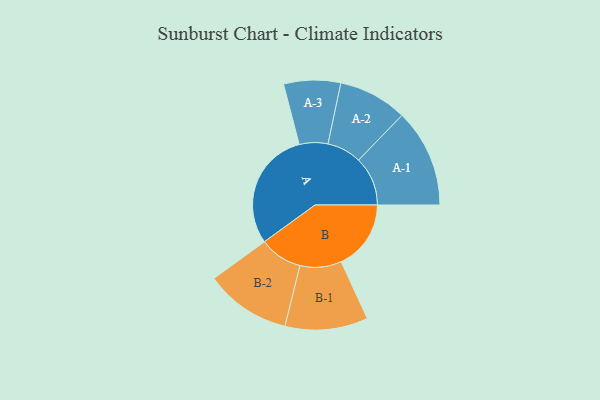
{"axis": {"x": "Segment", "y": "Value"}, "legend": ["", "A", "B"], "data": [{"x": "A", "y": 478, "type": ""}, {"x": "B", "y": 280, "type": ""}, {"x": "A-1", "y": 197, "type": "A"}, {"x": "A-2", "y": 138, "type": "A"}, {"x": "A-3", "y": 114, "type": "A"}, {"x": "B-1", "y": 166, "type": "B"}, {"x": "B-2", "y": 172, "type": "B"}]}